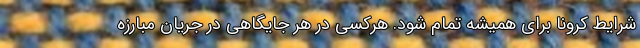
شرایط کرونا برای همیشه تمام شود. هرکسی در هر جایگاهی در جریان مبارزه